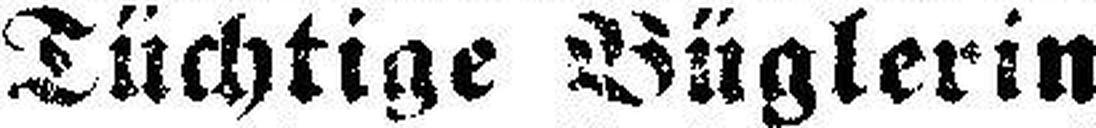
Tüchtige Büglerin